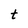
Character: t